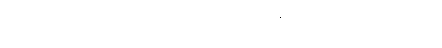
ခွေးရူးပြန်ကာကွယ်ဆေးက ဝယ်ထိုးရမှာကို မတတ်နိုင်လို့ မထိုးခဲ့ကြရဘူးလို့ သူက